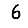
Digit: 6